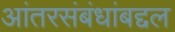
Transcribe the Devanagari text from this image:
आंतरसंबंधांबद्दल